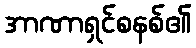
အာဏာရှင်စနစ်၏